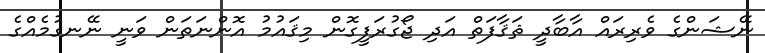
ނޭޝަންގެ ވެރިރައް އާބާދީ ޘަޤާފަތް އަދި ޖޯގުރަފީގޮން މިޤައުމު އޮންނަތަން ވަނީ ނޭނގުމެއްގެ